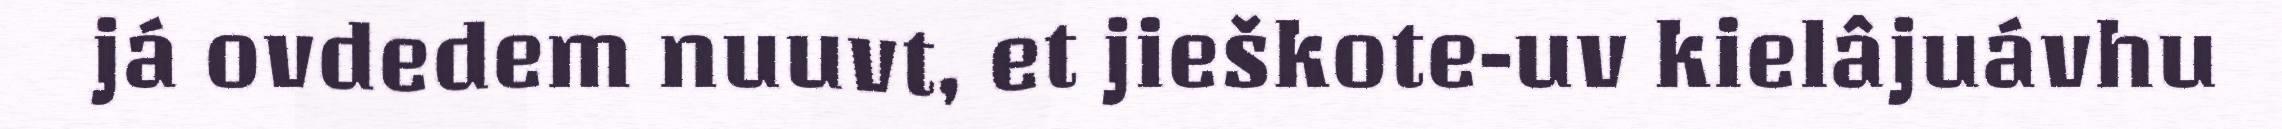
já ovdedem nuuvt, et jieškote-uv kielâjuávhu